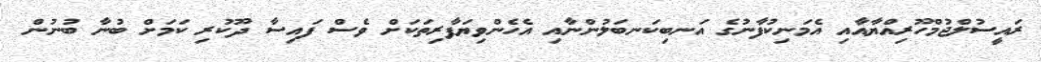
ރައީސުލްޖުމްހޫރިއްޔާއާއި އެމަނިކުފާނުގެ އަނބިކަނބަލުންނާއި އެހެންވިޔަފާރިތަކަށް ވެސް ފައިސާ ދޫކުރި ކަމަށް ބުނާ ބުނުން